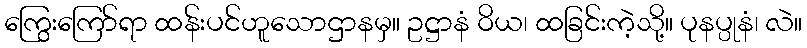
ကြွေးကြော်ရာ ထန်းပင်ဟူသောဌာနမှ။ ဥဋ္ဌာနံ ဝိယ၊ ထခြင်းကဲ့သို့။ ပုနပ္ပုနံ၊ လဲ။